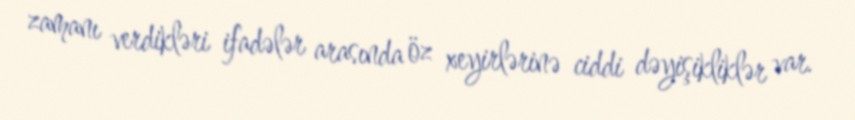
zamanı verdikləri ifadələr arasında öz xeyirlərinə ciddi dəyişikliklər var.